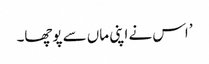
’ اس نے اپنی ماں سے پوچھا۔